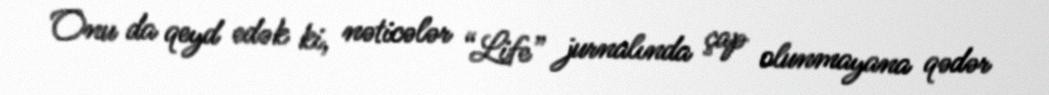
Onu da qeyd edək ki, nəticələr “Life” jurnalında çap olunmayana qədər